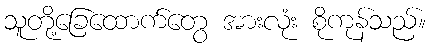
သူတို့ခြေထောက်တွေ အားလုံး စိုကုန်သည်။